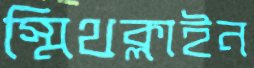
স্মিথক্লাইন